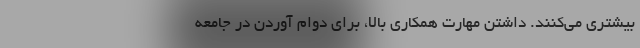
بیشتری می‌کنند. داشتن مهارت همکاری بالا، برای دوام آوردن در جامعه